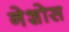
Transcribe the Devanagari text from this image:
नेशोस